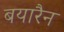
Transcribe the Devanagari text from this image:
बयारैन